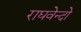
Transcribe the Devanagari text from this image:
राघवेन्दो